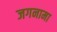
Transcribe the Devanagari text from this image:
जगनामा